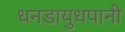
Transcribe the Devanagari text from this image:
धनडायुधपानी